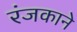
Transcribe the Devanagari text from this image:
रंजकाने